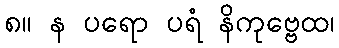
၈။ န ပရော ပရံ နိကုဗ္ဗေထ၊